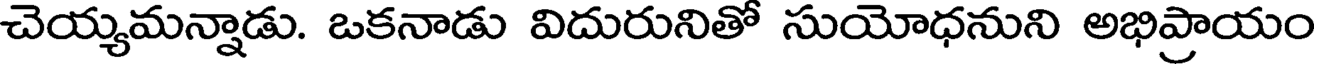
చెయ్యమన్నాడు. ఒకనాడు విదురునితో సుయోధనుని అభిప్రాయం